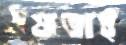
উষ্ণতাই